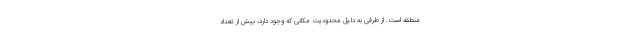
منطقه است. از طرفی به دلیل محدودیت مکانی که وجود دارد، بیش از تعداد